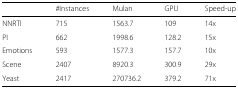
|  | #Instances | Mulan | GPU | Speed-up |
 | --- | --- | --- | --- | --- |
 | NNRTI | 715 | 1563.7 | 109 | 14x |
 | PI | 662 | 1998.6 | 128.2 | 15x |
 | Emotions | 593 | 1577.3 | 157.7 | 10x |
 | Scene | 2407 | 8920.3 | 300.9 | 29x |
 | Yeast | 2417 | 270736.2 | 379.2 | 71x |